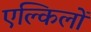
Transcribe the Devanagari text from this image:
एल्किलों